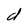
Character: d